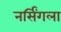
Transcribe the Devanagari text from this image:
नर्सिंगला